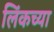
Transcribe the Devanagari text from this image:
लिंकच्या